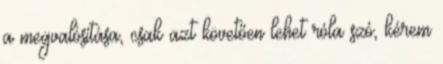
a megvalósítása, csak azt követően lehet róla szó, kérem